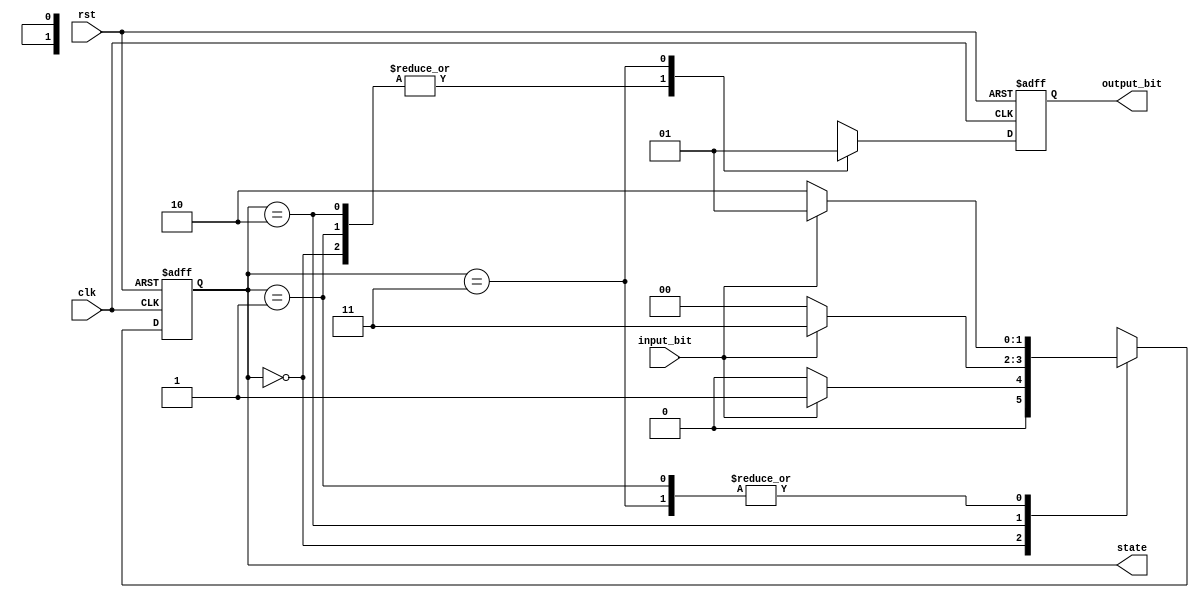
//Moore FSM to detect the sequence 101 using 1 always code block
module moore1always (clk, input_bit, rst, state, output_bit);
	// I/O  port list
	input wire clk, input_bit, rst;
	output reg output_bit; 
	output [1:0] state;
        
	// Internal reg
        reg[1:0] current_state;
   
	// State definition by user
        localparam S0 = 2'd0, S1 = 2'd1, S2 = 2'd2, S3 = 2'd3;
	
	//Output state definition
		  assign state = current_state;
		  
	// Single always code block to describe the whole circuit
        always @ (posedge clk, posedge rst)
                if (rst) begin			//Reset condition
                           output_bit = 1'b0;
                           current_state <= S0;
                         end
                else 
                        case (current_state)//Each state is a single case
										S0: begin
													output_bit = 1'b0; //State output
                                    	if (input_bit)     // Input analysis
                                    		current_state <= S1; //next_state
                                        else                        
                                                current_state <= S0; //next_state
                                    end
                               S1: begin
                                    	output_bit = 1'b0; 
                                      	if (input_bit)
                                        	current_state <= S1;
                                        else
                                        	current_state <= S2;
                                    end
                               S2: begin
                                      output_bit = 1'b0;
                                      if (input_bit)
                                      		current_state <= S3;
                                      else
                                                current_state <= S0;
                               	    end
                               S3: begin
                                      output_bit = 1'b1;
                                      if (input_bit)
                                      		current_state <= S1;
                                      else
                                                current_state <= S2;
                               end
                        endcase                         
endmodule